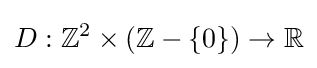
D:\mathbb {Z} ^{2}\times (\mathbb {Z} -\{0\})\to \mathbb {R}